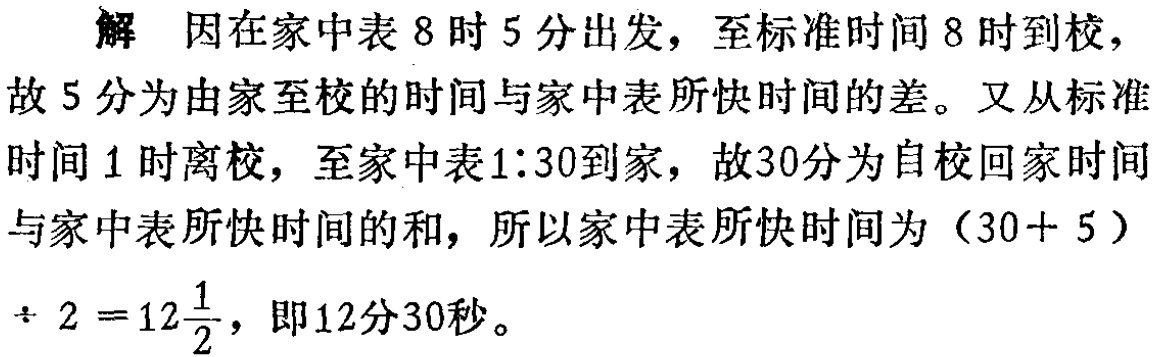
解 因在家中表 8 时 5 分出发，至标准时间 8 时到校，

故 5 分为由家至校的时间与家中表所快时间的差。又从标准

时间 1 时离校，至家中表1:30到家，故30分为自校回家时间

与家中表所快时间的和，所以家中表所快时间为\((30 + 5)\)

$\div 2 = 12\frac{1}{2}$，即12分30秒。